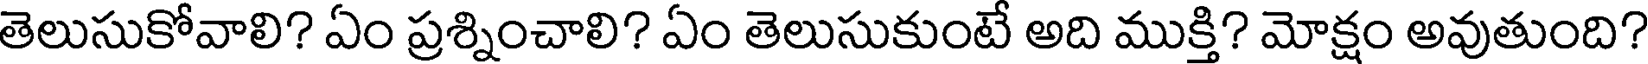
తెలుసుకోవాలి? ఏం ప్రశ్నించాలి? ఏం తెలుసుకుంటే అది ముక్తి? మోక్షం అవుతుంది?